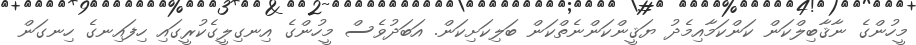
މީހުންގެ ނާޤާބިލްކަން ކަންކަމާއިމެދު ޔަޤީންކަންނެތްކަން ބަލިކަށިކަން. އަބަދުވެސް މީހުންގެ އިނގިލީގެކުރީގައި ހިފައިނގެ ހިނގަން